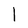
Character: I